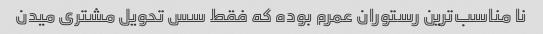
نا مناسب‌ترین رستوران عمرم بوده که فقط سس تحویل مشتری میدن